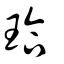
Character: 珨